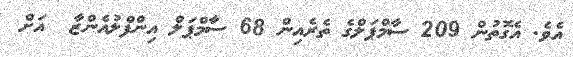
އެވެ. އެގޮތުން 209 ސާމްޕަލްގެ ތެރެއިން 68 ސާމްޕަލް އިންފްލުއެންޒާ  އަށް